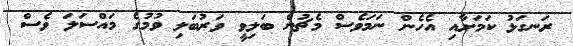
ރަނގަޅު ކަމަށާއި އެހެން ނަމަވެސް މެޗުން ބަލިވީ ވަރުބަލި ވުމުގެ މައްސަލަ ވެސް